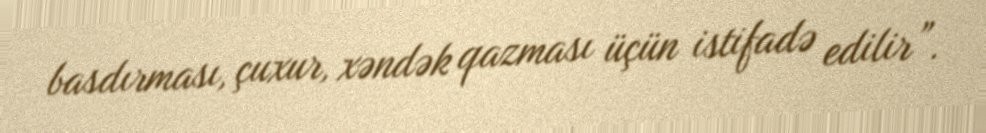
basdırması, çuxur, xəndək qazması üçün istifadə edilir”.